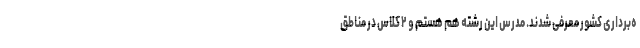
ه‌برداری کشور معرفی شدند. مدرس این رشته هم هستم و ۲ کلاس‌ در مناطق